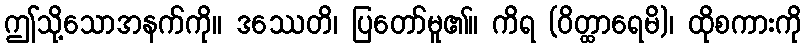
ဤသို့သောအနက်ကို။ ဒဿေတိ၊ ပြတော်မူ၏။ ကိရ (ဝိတ္ထာရေမိ)၊ ထိုစကားကို